Annual report of the Bengal Veterinary College and of the Civil Veterinary Department, Bengal, for the year 1907-1908 - 1907-1908
Year: 1907
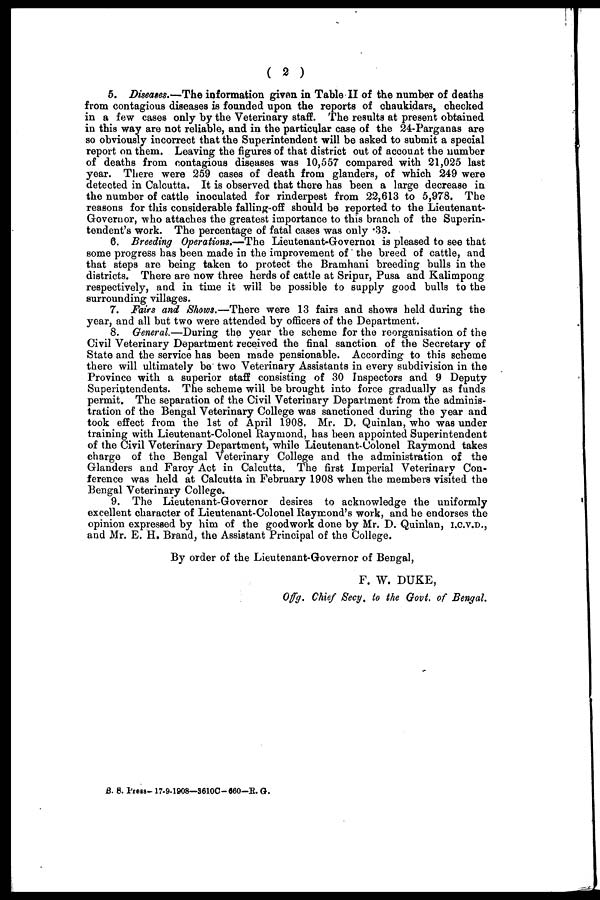
( 2 )
5. Diseases.—The information given in Table II of the number of deaths
from contagious diseases is founded upon the reports of chaukidars, checked
in a few cases only by the Veterinary staff. The results at present obtained
in this way are not reliable, and in the particular case of the 24-Parganas are
so obviously incorrect that the Superintendent will be asked to submit a special
report on them. Leaving the figures of that district out of account the number
of deaths from contagious diseases was 10,557 compared with 21,025 last
year. There were 259 cases of death from glanders, of which 249 were
detected in Calcutta. It is observed that there has been a large decrease in
the number of cattle inoculated for rinderpest from 22,613 to 5,978. The
reasons for this considerable falling-off should be reported to the Lieutenant-
Governor, who attaches the greatest importance to this branch of the Superin-
tendent's work. The percentage of fatal cases was only .33.
6. Breeding Operations.—The Lieutenant-Governor is pleased to see that
some progress has been made in the improvement of the breed of cattle, and
that steps are being taken to protect the Bramhani breeding bulls in the
districts. There are now three herds of cattle at Sripur, Pusa and Kalimpong
respectively, and in time it will be possible to supply good bulls to the
surrounding villages.
7. Fairs and Shows.—There were 13 fairs and shows held during the
year, and all but two were attended by officers of the Department.
8. General.—During the year the scheme for the reorganisation of the
Civil Veterinary Department received the final sanction of the Secretary of
State and the service has been made pensionable. According to this scheme
there will ultimately be two Veterinary Assistants in every subdivision in the
Province with a superior staff consisting of 30 Inspectors and 9 Deputy
Superintendents. The scheme will be brought into force gradually as funds
permit. The separation of the Civil Veterinary Department from the adminis-
tration of the Bengal Veterinary College was sanctioned during the year and
took effect from the 1st of April 1908. Mr. D. Quinlan, who was under
training with Lieutenant-Colonel Raymond, has been appointed Superintendent
of the Civil Veterinary Department, while Lieutenant-Colonel Raymond takes
charge of the Bengal Veterinary College and the administration of the
Glanders and Farcy Act in Calcutta. The first Imperial Veterinary Con-
ference was held at Calcutta in February 1908 when the members visited the
Bengal Veterinary College.
9. The Lieutenant-Governor desires to acknowledge the uniformly
excellent character of Lieutenant-Colonel Raymond's work, and he endorses the
opinion expressed by him of the goodwork done by Mr. D. Quinlan, I.C.V.D.,
and Mr. E. H. Brand, the Assistant Principal of the College.
By order of the Lieutenant-Governor of Bengal,
F. W. DUKE,
Offg. Chief Secy. to the Govt. of Bengal.
B. S. Prees-17-9-1908—3610C-660—R.G.